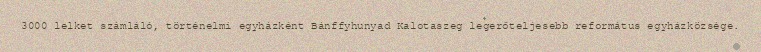
3000 lelket számláló, történelmi egyházként Bánffyhunyad Kalotaszeg legerőteljesebb református egyházközsége.